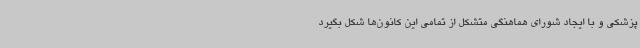
پزشکی و با ایجاد شورای هماهنگی متشکل از تمامی این کانون‌ها شکل بگیرد